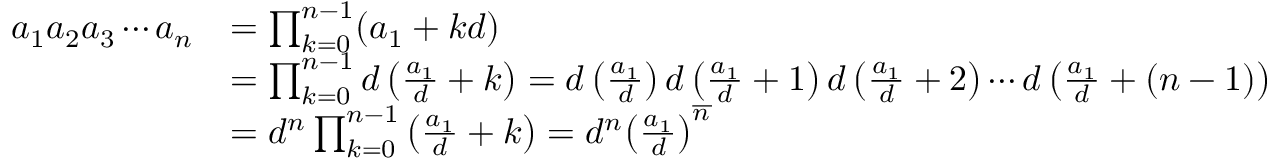
{ \begin{array} { r l } { a _ { 1 } a _ { 2 } a _ { 3 } \cdots a _ { n } } & { = \prod _ { k = 0 } ^ { n - 1 } ( a _ { 1 } + k d ) } \\ & { = \prod _ { k = 0 } ^ { n - 1 } d \left( { \frac { a _ { 1 } } { d } } + k \right) = d \left( { \frac { a _ { 1 } } { d } } \right) d \left( { \frac { a _ { 1 } } { d } } + 1 \right) d \left( { \frac { a _ { 1 } } { d } } + 2 \right) \cdots d \left( { \frac { a _ { 1 } } { d } } + ( n - 1 ) \right) } \\ & { = d ^ { n } \prod _ { k = 0 } ^ { n - 1 } \left( { \frac { a _ { 1 } } { d } } + k \right) = d ^ { n } { \left( { \frac { a _ { 1 } } { d } } \right) } ^ { \overline { { n } } } } \end{array} }